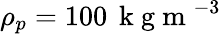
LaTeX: \rho_{p}=100\, \mathrm{~k~g~m~}^{-3}